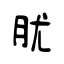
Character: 肬